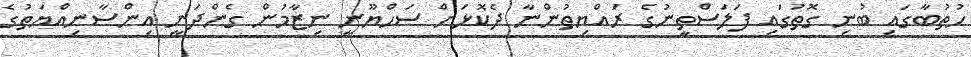
ހުތުބާގައި ބުނި ގޮތުގައި ފަލަސްތީނުގެ ރައްޔިތުންނާ ދެކޮޅަށް ސަހްޔޫނީ ނިޒާމުން ގެންދަނީ އިންސާނިއްޔަތުގެ